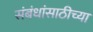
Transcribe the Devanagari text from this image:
संबंधांसाठीच्या